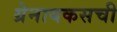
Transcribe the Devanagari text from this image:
ग्रेनायकसची